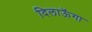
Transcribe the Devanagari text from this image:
दिलाऊॅगा